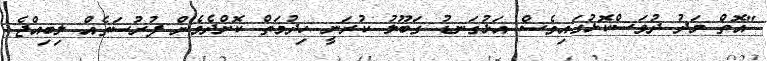
"އޮތް މަދު ދުވަސްކޮޅުގައިވެސް އަޅުގަނޑު ގަބޫލު ކުރަނީ ހިދުމަތް ކޮށްދެވެން ފުރުސަތެއް ލިބިއްޖެ